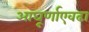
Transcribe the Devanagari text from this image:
आघूर्णाएवढा